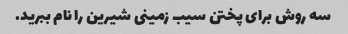
سه روش برای پختن سیب زمینی شیرین را نام ببرید.